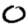
Digit: 0